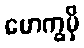
မောက္ခမှိ